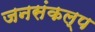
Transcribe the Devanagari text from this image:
जनसंकल्प